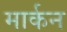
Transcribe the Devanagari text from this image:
मार्कन